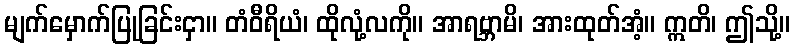
မျက်မှောက်ပြုခြင်းငှာ။ တံဝီရိယံ၊ ထိုလုံ့လကို။ အာရဗ္ဘာမိ၊ အားထုတ်အံ့။ ဣတိ၊ ဤသို့။